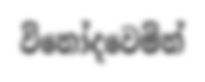
විනෝදවෙමින්